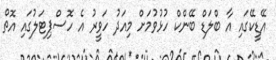
އޭޑީކޭގައި އާ ބްލަޑް ބޭންކް ހުޅުވުމަށް މިއަދު ހަވީރު އެ ހޮސްޕިޓަލުގައި އޮތް